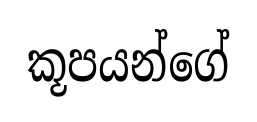
කූපයන්ගේ